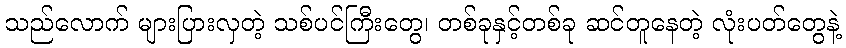
သည်လောက် များပြားလှတဲ့ သစ်ပင်ကြီးတွေ၊ တစ်ခုနှင့်တစ်ခု ဆင်တူနေတဲ့ လုံးပတ်တွေနဲ့